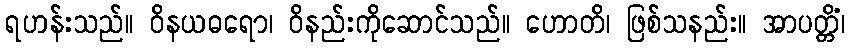
ရဟန်းသည်။ ဝိနယဓရော၊ ဝိနည်းကိုဆောင်သည်။ ဟောတိ၊ ဖြစ်သနည်း။ အာပတ္တိံ၊